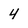
Character: 4